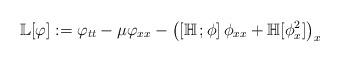
LaTeX: \begin{align*}\mathbb L[\varphi]:=\varphi_{tt}-\mu\varphi_{xx}-\left( \left[\mathbb H \,;\phi\right]\phi_{xx} + \mathbb H[\phi^2_x] \right)_{x}\,\end{align*}